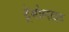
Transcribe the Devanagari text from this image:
ट्रेमोलाइट